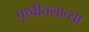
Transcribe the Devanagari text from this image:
पृथ्वीतलाच्या